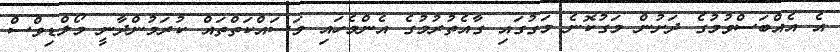
އެ އެއްބަސްވުމުގެ ދަށުން މަގުކޮނެ މަގުގައި ގާއެތުރުމުގެ އެންމެހައި މަސައްކަތްތައް ކުރަމުންދާނީ މޯލްޑިވްސް